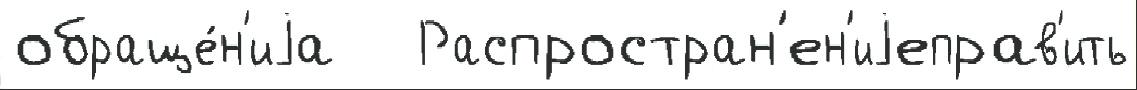
обраще́н'иjа   Распростран'ен'иjеправ'ить